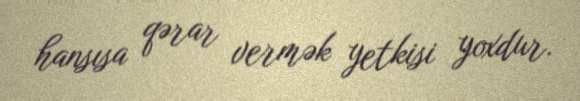
hansısa qərar vermək yetkisi yoxdur.